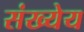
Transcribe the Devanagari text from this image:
संख्येय